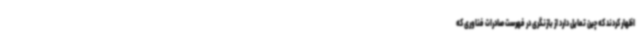
اظهار کردند که چین تمایل دارد از بازنگری در فهرست صادرات فناوری که